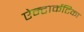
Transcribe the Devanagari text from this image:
ऐन्टार्कटिका